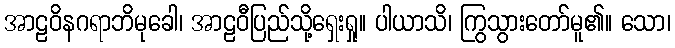
အာဠဝိနဂရာဘိမုခေါ၊ အာဠဝီပြည်သို့ရှေးရှု။ ပါယာသိ၊ ကြွသွားတော်မူ၏။ သော၊